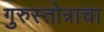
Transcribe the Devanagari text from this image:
गुरुस्तोत्राचा